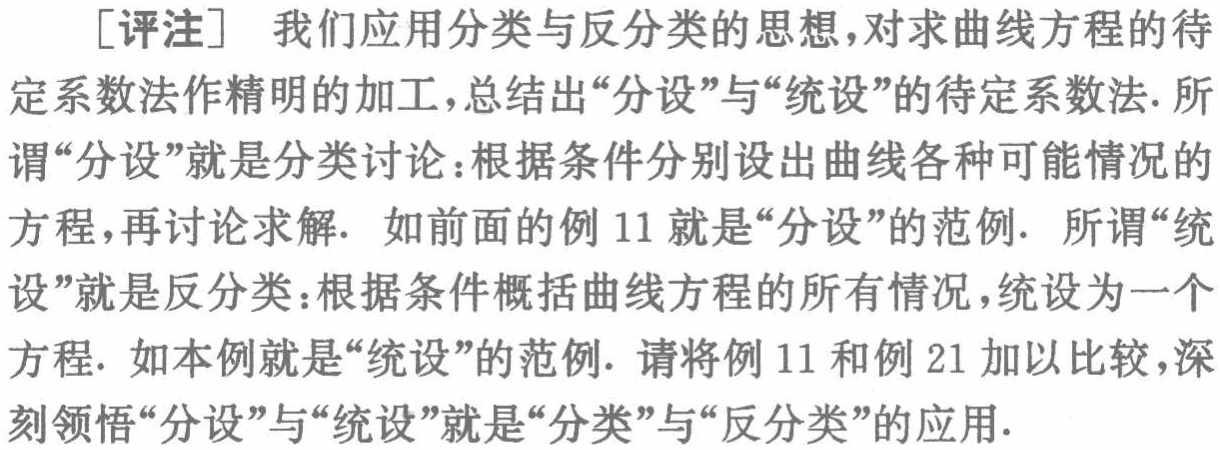
[评注] 我们应用分类与反分类的思想，对求曲线方程的待定系数法作精明的加工，总结出“分设”与“统设”的待定系数法. 所谓“分设”就是分类讨论：根据条件分别设出曲线各种可能情况的方程，再讨论求解. 如前面的例 11 就是“分设”的范例. 所谓“统设”就是反分类：根据条件概括曲线方程的所有情况，统设为一个方程. 如本例就是“统设”的范例. 请将例 11 和例 21 加以比较，深刻领悟“分设”与“统设”就是“分类”与“反分类”的应用.